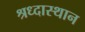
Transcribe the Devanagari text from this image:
श्रध्दास्थान